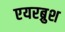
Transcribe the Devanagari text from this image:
एयरब्रुश